Civil Veterinary Department Bihar reports 1936-40 - 1936-1940
Year: 1936
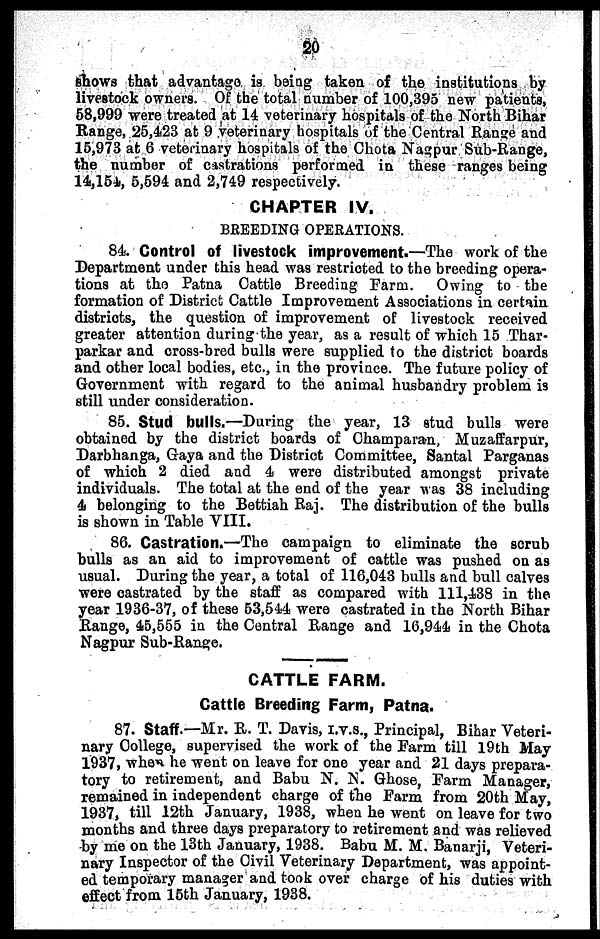
20
shows that advantage is being taken of the institutions by
livestock owners. Of the total number of 100,395 new patients,
58,999 were treated at 14 veterinary hospitals of the North Bihar
Range, 25,423 at 9 veterinary hospitals of the Central Range and
15,973 at 6 veterinary hospitals of the Chota Nagpur Sub-Range,
the number of castrations performed in these ranges being
14,154, 5,594 and 2,749 respectively.
CHAPTER IV.
BREEDING OPERATIONS.
84. Control of livestock improvement.—The work of the
Department under this head was restricted to the breeding opera-
tions at the Patna Cattle Breeding Farm. Owing to the
formation of District Cattle Improvement Associations in certain
districts, the question of improvement of livestock received
greater attention during the year, as a result of which 15 Thar-
parkar and cross-bred bulls were supplied to the district boards
and other local bodies, etc., in the province. The future policy of
Government with regard to the animal husbandry problem is
still under consideration.
85. Stud bulls.—During the year, 13 stud bulls were
obtained by the district boards of Champaran, Muzaffarpur,
Darbhanga, Gaya and the District Committee, Santal Parganas
of which 2 died and 4 were distributed amongst private
individuals. The total at the end of the year was 38 including
4 belonging to the Bettiah Raj. The distribution of the bulls
is shown in Table VIII.
86. Castration.—The campaign to eliminate the scrub
bulls as an aid to improvement of cattle was pushed on as
usual. During the year, a total of 116,043 bulls and bull calves
were castrated by the staff as compared with 111,438 in the
year 1936-37, of these 53,544 were castrated in the North Bihar
Range, 45,555 in the Central Range and 16,944 in the Chota
Nagpur Sub-Range.
CATTLE FARM.
Cattle Breeding Farm, Patna.
87. Staff.—Mr. R. T. Davis, I.V.S., Principal, Bihar Veteri-
nary College, supervised the work of the Farm till 19th May
1937, when he went on leave for one year and 21 days prepara-
tory to retirement, and Babu N. N. Ghose, Farm Manager,
remained in independent charge of the Farm from 20th May,
1937, till 12th January, 1938, when he went on leave for two
months and three days preparatory to retirement and was relieved
by me on the 13th January, 1938. Babu M. M. Banarji, Veteri-
nary Inspector of the Civil Veterinary Department, was appoint-
ed temporary manager and took over charge of his duties with
effect from 15th January, 1938.